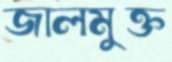
জালমুক্ত